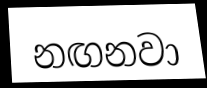
නඟනවා